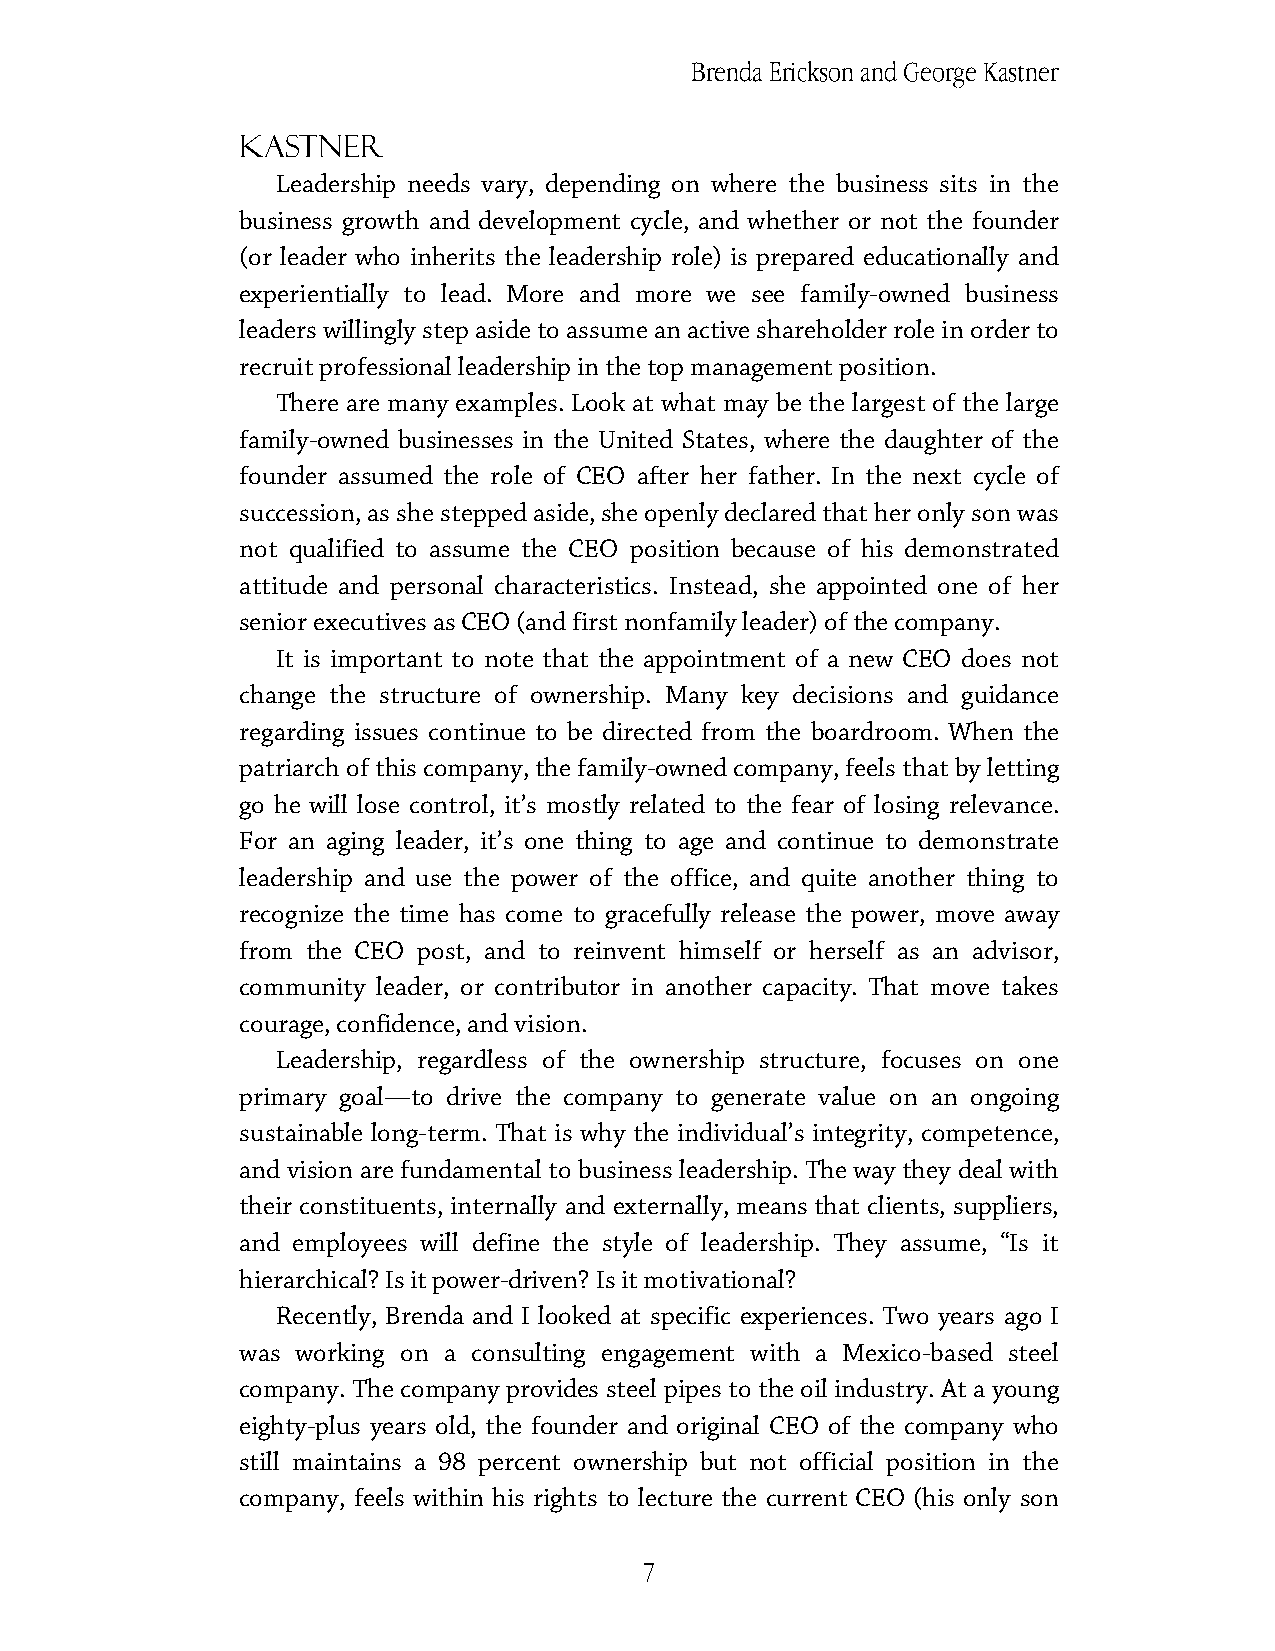
Brenda Erickson and George Kastner
 Kastner
 Leadership needs vary, depending on where the business sits in the
 business growth and development cycle, and whether or not the founder
 (or leader who inherits the leadership role) is prepared educationally and
 experientially to lead. More and more we see family-owned business
 leaders willingly step aside to assume an active shareholder role in order to
 recruit professional leadership in the top management position.
 There are many examples. Look at what may be the largest of the large
 family-owned businesses in the United States, where the daughter of the
 founder assumed the role of CEO after her father. In the next cycle of
 succession, as she stepped aside, she openly declared that her only son was
 not qualified to assume the CEO position because of his demonstrated
 attitude and personal characteristics. Instead, she appointed one of her
 senior executives as CEO (and first nonfamily leader) of the company.
 It is important to note that the appointment of a new CEO does not
 change the structure of ownership. Many key decisions and guidance
 regarding issues continue to be directed from the boardroom. When the
 patriarch of this company, the family-owned company, feels that by letting
 go he will lose control, it’s mostly related to the fear of losing relevance.
 For an aging leader, it’s one thing to age and continue to demonstrate
 leadership and use the power of the office, and quite another thing to
 recognize the time has come to gracefully release the power, move away
 from the CEO post, and to reinvent himself or herself as an advisor,
 community leader, or contributor in another capacity. That move takes
 courage, confidence, and vision.
 Leadership, regardless of the ownership structure, focuses on one
 primary goal—to drive the company to generate value on an ongoing
 sustainable long-term. That is why the individual’s integrity, competence,
 and vision are fundamental to business leadership. The way they deal with
 their constituents, internally and externally, means that clients, suppliers,
 and employees will define the style of leadership. They assume, “Is it
 hierarchical? Is it power-driven? Is it motivational?
 Recently, Brenda and I looked at specific experiences. Two years ago I
 was working on a consulting engagement with a Mexico-based steel
 company. The company provides steel pipes to the oil industry. At a young
 eighty-plus years old, the founder and original CEO of the company who
 still maintains a 98 percent ownership but not official position in the
 company, feels within his rights to lecture the current CEO (his only son
 7